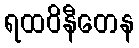
ရထဝိနီတေန